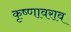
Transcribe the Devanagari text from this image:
कृष्णावराव